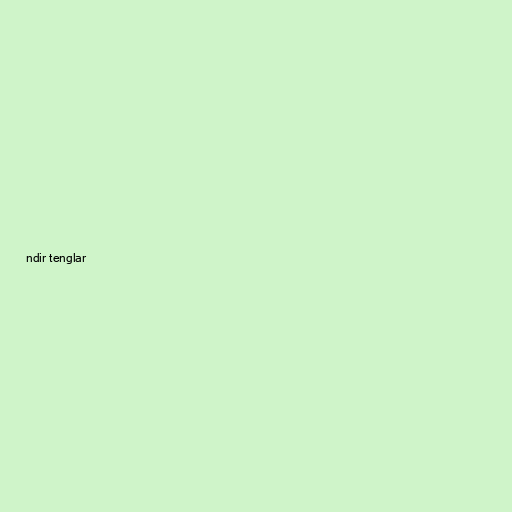
ndir tenglar